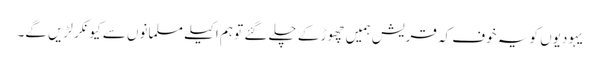
یہودیوں کو یہ خوف کہ قریش ہمیں چھوڑ کے چلے گئے تو ہم اکیلے مسلمانوں سے کیونکر لڑیں گے۔